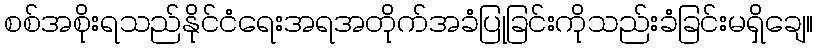
စစ်အစိုးရသည်နိုင်ငံရေးအရအတိုက်အခံပြုခြင်းကိုသည်းခံခြင်းမရှိချေ။